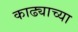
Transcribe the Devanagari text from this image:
काढ्याच्या